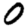
Digit: 0